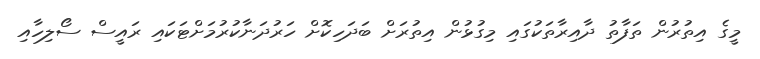
މީގެ އިތުރުން ތަފާތު ދާއިރާތަކުގައި މިގުޅުން އިތުރަށް ބަދަހިކޮށް ހަރުދަނާކުރުމަށްޓަކައި ރައީސް ސޯލިހާއި